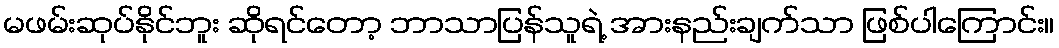
မဖမ်းဆုပ်နိုင်ဘူး ဆိုရင်တော့ ဘာသာပြန်သူရဲ့ အားနည်းချက်သာ ဖြစ်ပါကြောင်း။